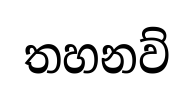
තහනව්